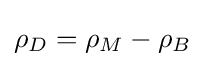
\rho _{D}=\rho _{M}-\rho _{B}